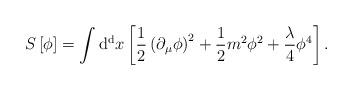
LaTeX: \begin{align*}S \left[ \phi \right] = \int {\rm d^d} x \left[ {1 \over 2} \left( \partial_{\mu} \phi \right)^2+ {1 \over 2} m^2 \phi^2 + {\lambda \over 4} \phi^4 \right].\end{align*}